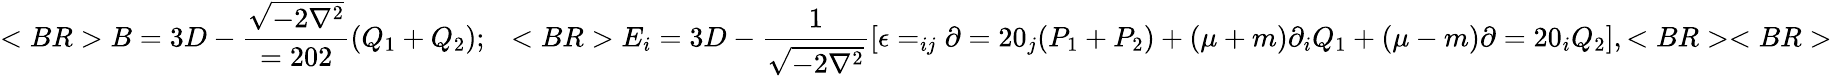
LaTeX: <BR>B=3D-{\frac{\sqrt{-2\nabla^{2}}}{=202}}(Q_{1}+Q_{2});~~<BR>E_{i}=3D-{\frac{1}{\sqrt{-2\nabla^{2}}}}[\epsilon=_{ij}\partial=20_{j}(P_{1}+P_{2})+(\mu+m)\partial_{i}Q_{1}+(\mu-m)\partial=20_{i}Q_{2}],<BR><BR>